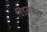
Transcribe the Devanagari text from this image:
विंडसर्फरों